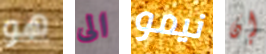
هو الى نيمو إن